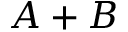
A + B